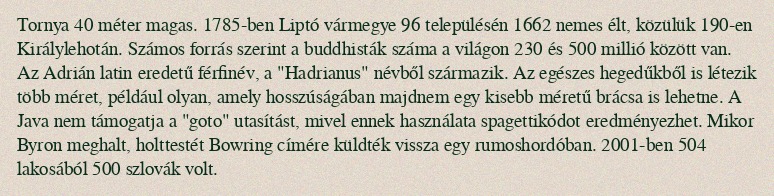
Tornya 40 méter magas. 1785-ben Liptó vármegye 96 településén 1662 nemes élt, közülük 190-en Királylehotán. Számos forrás szerint a buddhisták száma a világon 230 és 500 millió között van. Az Adrián latin eredetű férfinév, a "Hadrianus" névből származik. Az egészes hegedűkből is létezik több méret, például olyan, amely hosszúságában majdnem egy kisebb méretű brácsa is lehetne. A Java nem támogatja a "goto" utasítást, mivel ennek használata spagettikódot eredményezhet. Mikor Byron meghalt, holttestét Bowring címére küldték vissza egy rumoshordóban. 2001-ben 504 lakosából 500 szlovák volt.